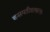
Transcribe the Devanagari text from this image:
वनस्पतीशास्त्रानुसार